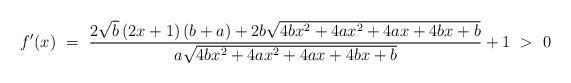
LaTeX: \begin{align*} f'(x)\ =\ \frac{2\sqrt{b}\left(2x+1\right)\left(b+a\right)+2b\sqrt{4bx^{2}+4ax^{2}+4ax+4bx+b}} {a\sqrt{4bx^{2}+4ax^{2}+4ax+4bx+b}}+1 \ >\ 0\end{align*}